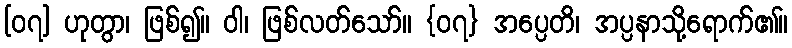
[၀၇] ဟုတွာ၊ ဖြစ်၍။ ဝါ၊ ဖြစ်လတ်သော်။ {၀၇} အပ္ပေတိ၊ အပ္ပနာသို့ရောက်၏။